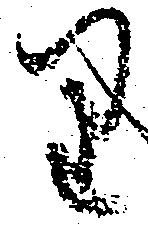
り